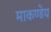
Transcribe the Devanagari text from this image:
माकण्डेय